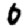
Digit: 0